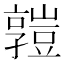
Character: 𧰄